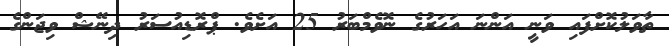
ތާވަލުކޮށްފައި ވަނީ އަންނަ އަހަރުގެ ނޮވެމްބަރު 25 އަށެވެ. ޕްރޮޑިއުސަރު ދިނޭޝް ވިޖަންގެ